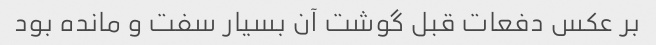
بر عکس دفعات قبل گوشت آن بسیار سفت و مانده بود